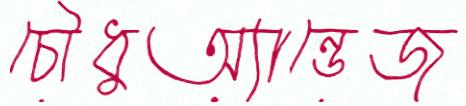
চৌধুঅ্যান্ডেজ